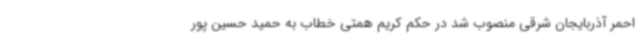
احمر آذربایجان شرقی منصوب شد در حکم کریم همتی خطاب به حمید حسین پور